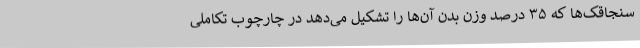
سنجاقک‌ها که ۳۵ درصد وزن بدن‌ آن‌ها را تشکیل می‌دهد در چارچوب تکاملی